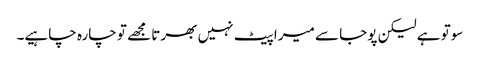
سوتو ہے لیکن پوجا سے میرا پیٹ نہیں بھرتا مجھے تو چارہ چاہیے۔